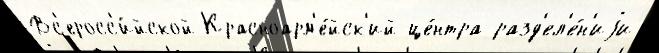
Вс'еросс'и́йской Красноарм'е́йск'ий це́нтра разд'ел'е́н'иjи